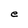
Character: e